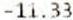
-11.33